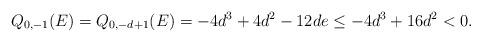
LaTeX: \begin{align*}Q_{0, -1}(E) = Q_{0, -d + 1}(E) = -4d^3 + 4d^2 - 12de \leq -4d^3 + 16d^2 < 0.\end{align*}